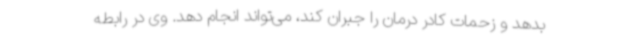
بدهد و زحمات کادر درمان را جبران کند، می‌تواند انجام دهد. وی در رابطه